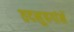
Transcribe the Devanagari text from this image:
तदनुषगांने